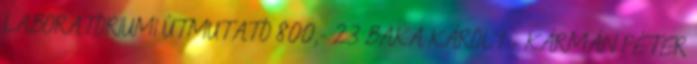
LABORATÓRIUMI ÚTMUTATÓ 800,- 23 BAKA KÁROLY – KÁRMÁN PÉTER